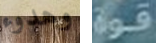
وهدوء قوة